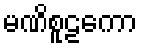
မဏိစူဠကော